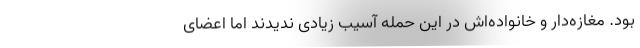
بود. مغازه‌دار و خانواده‌اش در این حمله آسیب زیادی ندیدند اما اعضای